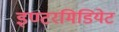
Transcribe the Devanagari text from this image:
इण्टरमिडियेट